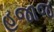
હજાજ